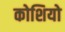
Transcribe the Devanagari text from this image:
कोशियो